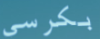
بكرسي